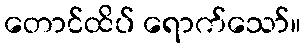
တောင်ထိပ် ရောက်သော်။